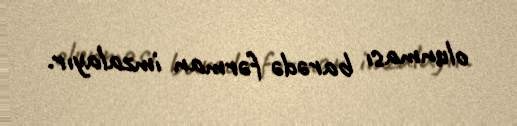
olunması barədə fərman imzalayır.